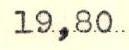
19,80